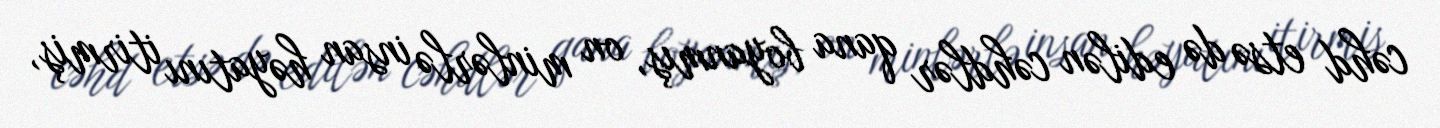
cəhd etsə də edilən cəhdlər qana boyanmış, on minlərlə insan həyatını itirmiş,